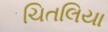
ચિતલિયા